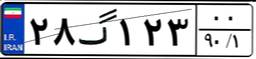
۲۸گ۱۲۳۰۰